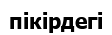
пікірдегі